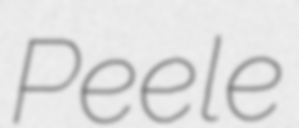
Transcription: Peele